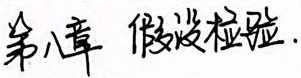
第八章 假设检验.